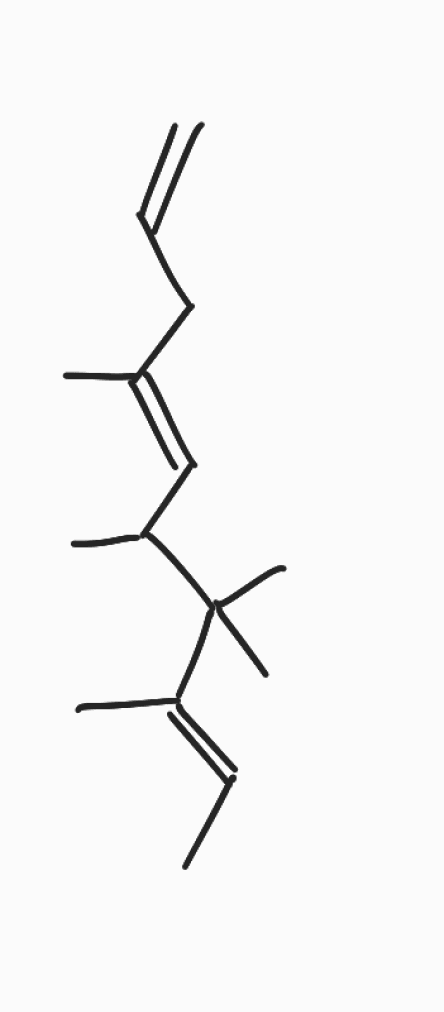
Simplified molecular-input line-entry system (SMILES) notation of the given molecule:
C/C=C(\C)/C(C)(C)C(C)/C=C(\C)/CC=C